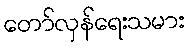
တော်လှန်ရေးသမား